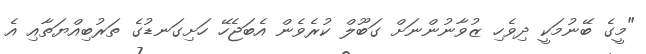
"މީގެ ބޭނުމަކީ ދިވެހި ޒުވާނުންނަށް ގަބޫލް ކުރެވެން އެބަޖެހޭ ހަށިގަނޑުގެ ތަރުބިއްޔަތާއި އެ